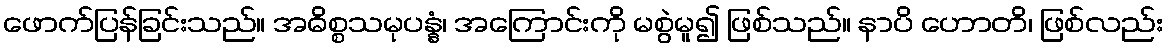
ဖောက်ပြန်ခြင်းသည်။ အဓိစ္စသမုပန္နံ၊ အကြောင်းကို မစွဲမူ၍ ဖြစ်သည်။ နာပိ ဟောတိ၊ ဖြစ်လည်း